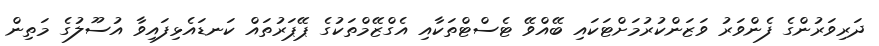
ދަރިވަރުންގެ ފެންވަރު ވަޒަންކުރުމަށްޓަކައި ބޭއްވޭ ޓެސްޓްތަކާއި އެގްޒޭމްތަކުގެ ޕޭޕަރުތައް ކަނޑައެޅިފައިވާ އުސޫލުގެ މަތިން